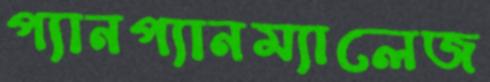
প্যানপ্যানম্যালেজ